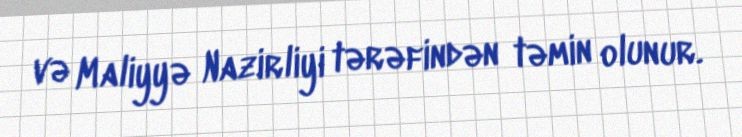
və Maliyyə Nazirliyi tərəfindən təmin olunur.